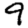
Digit: 9